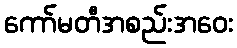
ကော်မတီအစည်းအဝေး